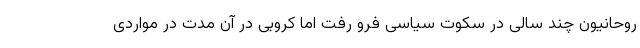
روحانیون چند سالی در سکوت سیاسی فرو رفت اما کروبی در آن مدت در مواردی